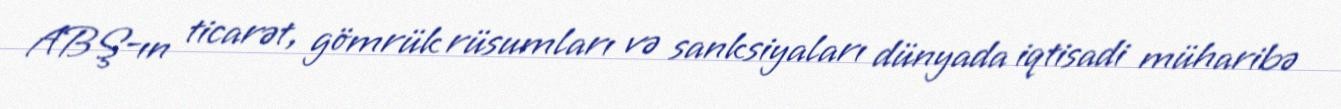
ABŞ-ın ticarət, gömrük rüsumları və sanksiyaları dünyada iqtisadi müharibə